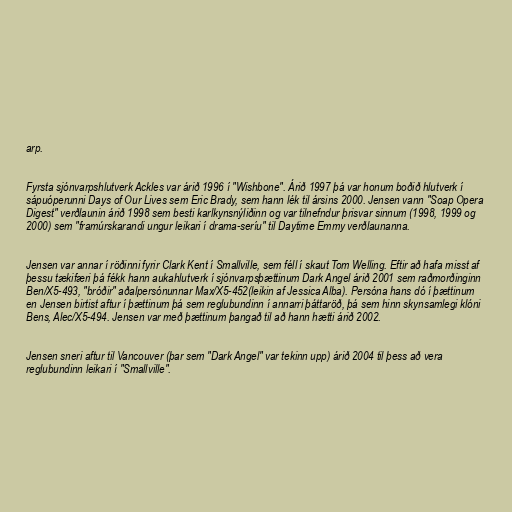
arp.

Fyrsta sjónvarpshlutverk Ackles var árið 1996 í "Wishbone". Árið 1997 þá var honum boðið hlutverk í
sápuóperunni Days of Our Lives sem Eric Brady, sem hann lék til ársins 2000. Jensen vann "Soap Opera
Digest" verðlaunin árið 1998 sem besti karlkynsnýliðinn og var tilnefndur þrisvar sinnum (1998, 1999 og
2000) sem "framúrskarandi ungur leikari í drama-seríu" til Daytime Emmy verðlaunanna.

Jensen var annar í röðinni fyrir Clark Kent í Smallville, sem féll í skaut Tom Welling. Eftir að hafa misst af
þessu tækifæri þá fékk hann aukahlutverk í sjónvarpsþættinum Dark Angel árið 2001 sem raðmorðinginn
Ben/X5-493, "bróðir" aðalpersónunnar Max/X5-452(leikin af Jessica Alba). Persóna hans dó í þættinum
en Jensen birtist aftur í þættinum þá sem reglubundinn í annarri þáttaröð, þá sem hinn skynsamlegi klóni
Bens, Alec/X5-494. Jensen var með þættinum þangað til að hann hætti árið 2002.

Jensen sneri aftur til Vancouver (þar sem "Dark Angel" var tekinn upp) árið 2004 til þess að vera
reglubundinn leikari í "Smallville".